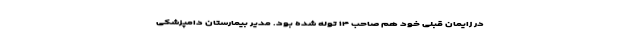
در زایمان قبلی خود هم صاحب ۱۴ توله شده بود. مدیر بیمارستان دامپزشکی